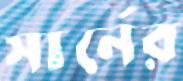
সার্নের